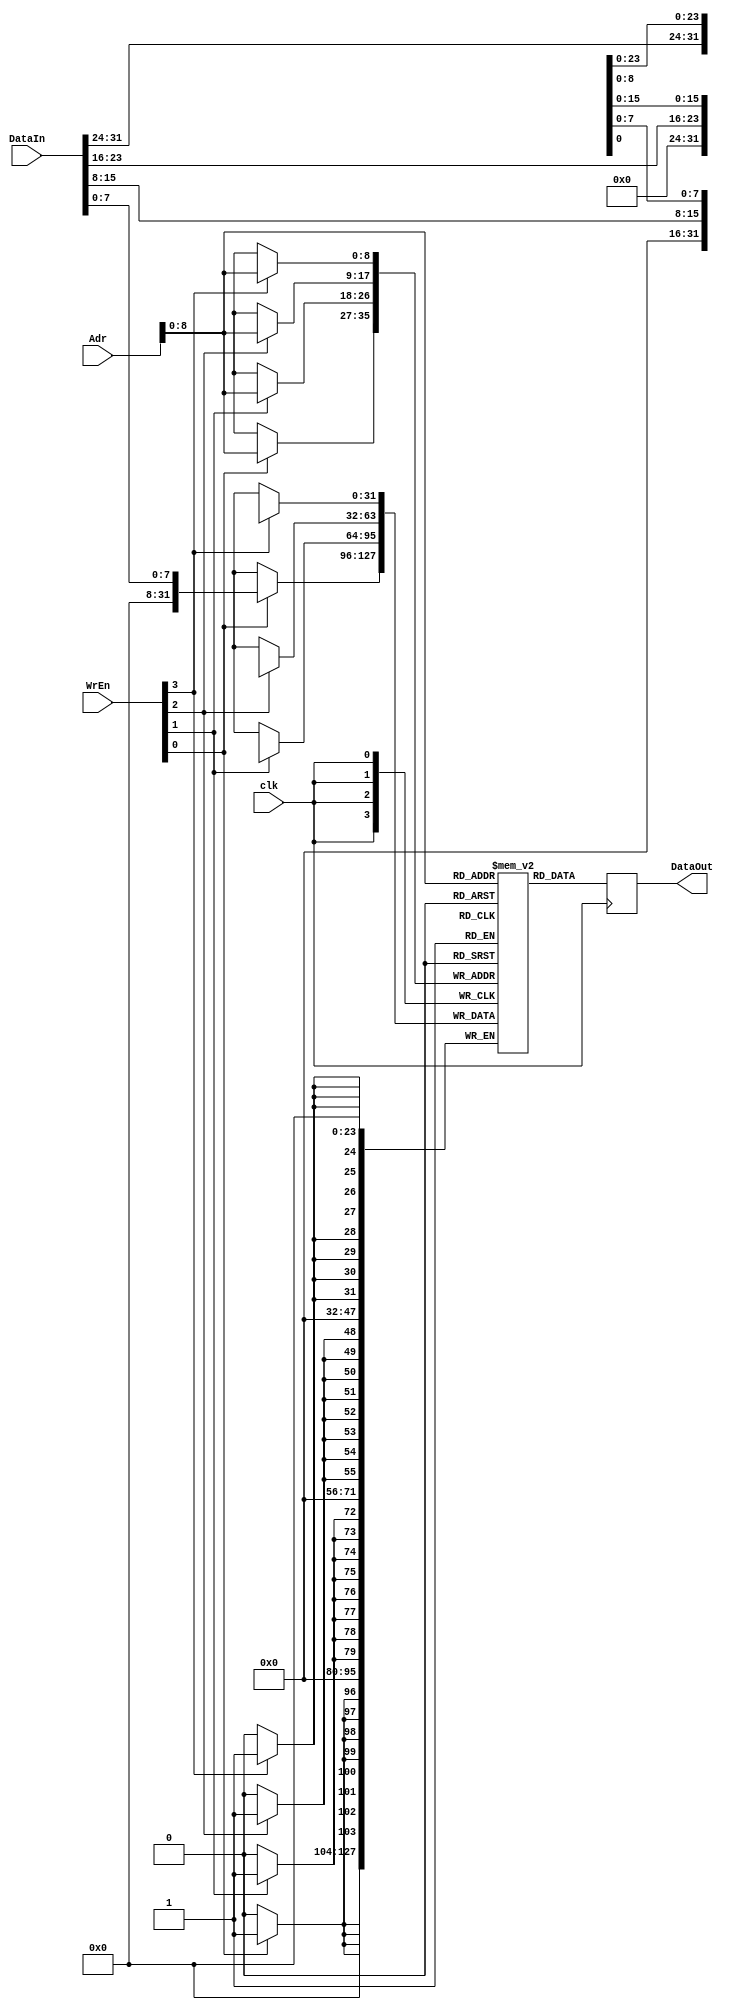
`timescale 1ns / 1ps
//////////////////////////////////////////////////////////////////////////////////
// Company: 
// Engineer: 
// 
// Design Name: 
// Module Name: inst_ram
// Project Name: 
// Target Devices: 
// Tool Versions: 
// Description: 
// 
// Dependencies: 
// 
// Revision:
// Revision 0.01 - File Created
// Additional Comments:
// 
//////////////////////////////////////////////////////////////////////////////////


module inst_ram(
    input clk,
    input [3:0]WrEn,
    input [31:0]Adr,
    input [31:0]DataIn,
    output reg [31:0]DataOut
    );
    wire [8:0]ad=Adr[8:0];
    reg [31:0]Ram[511:0];
    integer i;
initial 
    begin
    for(i=0;i<512;i=i+1)
    Ram[i]<=0;
    end

    always@ (negedge clk)
    begin 
    if(WrEn[0])
        begin 
            Ram[ad][7:0]<=DataIn[7:0];
        end
     end          
   always@(negedge clk)
   begin
      if(WrEn[1])
      begin 
           Ram[ad][15:8]<=DataIn[15:8];
       end
    end
   always@(negedge clk)
   begin
    if(WrEn[2])
      begin 
        Ram[ad][23:16]<=DataIn[23:16];
      end
   end
   always@(negedge clk)
     begin
         if(WrEn[3])
       begin 
           Ram[ad][31:24]<=DataIn[31:24];
       end 
     end
   always@(negedge clk)
      begin
        DataOut<=Ram[ad];
     end
  
endmodule